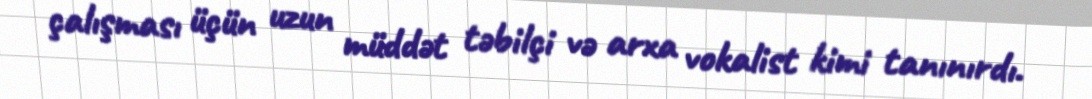
çalışması üçün uzun müddət təbilçi və arxa vokalist kimi tanınırdı.